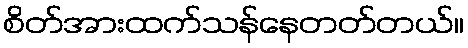
စိတ်အားထက်သန်နေတတ်တယ်။